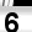
Digit: 6